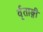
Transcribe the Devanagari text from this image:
र्वृताङ्गी